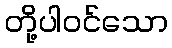
တို့ပါဝင်သော